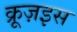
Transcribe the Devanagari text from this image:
क्रूज़इस